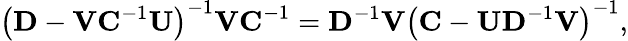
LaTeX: \left(\mathbf{D}-\mathbf{V}\mathbf{C}^{-1}\mathbf{U}\right)^{-1}\mathbf{VC}^{-1}=\mathbf{D}^{-1}\mathbf{V}\left(\mathbf{C}-\mathbf{U}\mathbf{D}^{-1}\mathbf{V}\right)^{-1},